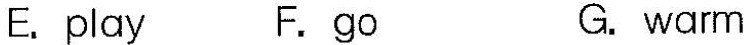
E.play F.go G.warm